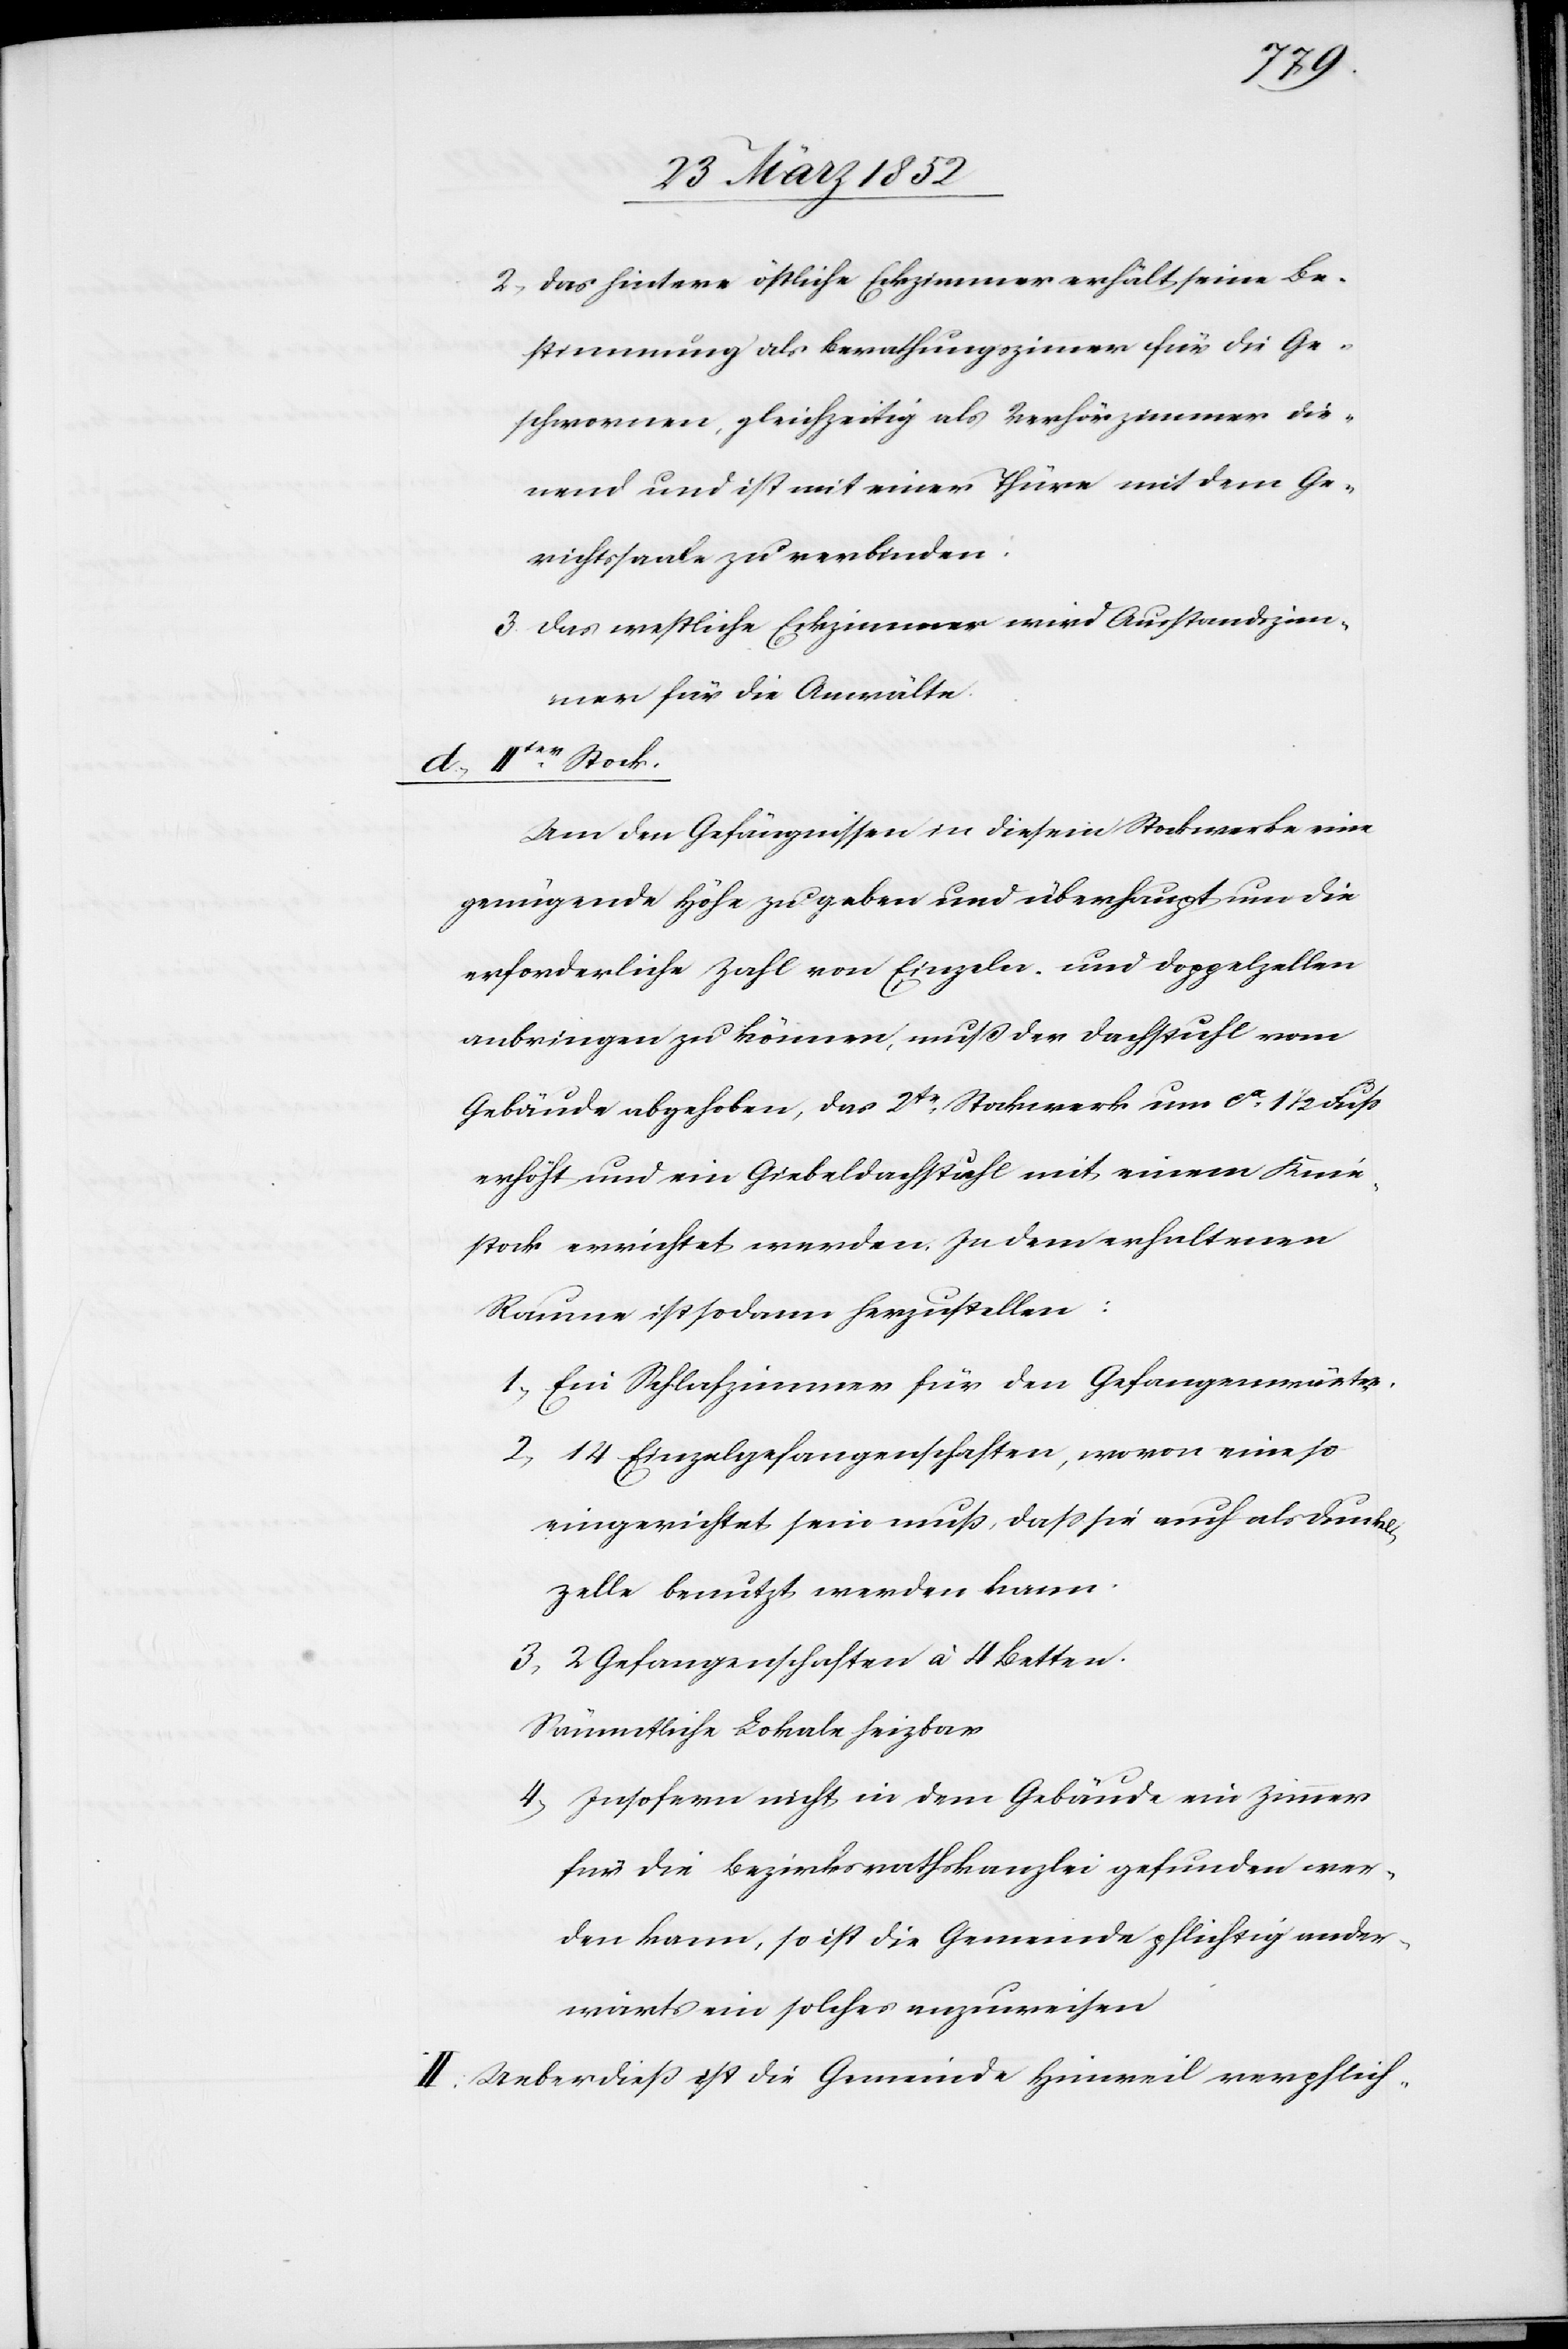
2) Das hintere östliche Eckzimmer erhält seine Be¬
stimmung als Berathungszimmer für die Ge¬
schwornen, gleichzeitig als Verhörzimmer die¬
nend und ist mit einer Thüre mit dem Ge¬
richtssaale zu verbinden.
3) Das westliche Eckzimmer wird Ausstandszim¬
mer für die Anwälte.
IIter Stock.
Um den Gefängnissen in diesem Stockwerke eine
genügende Höhe zu geben und überhaupt um die
erforderliche Zahl von Einzeln- und Doppelzellen
anbringen zu können, muß der Dachstuhl vom
Gebäude abgehoben, das 2te Stockwerk um ca 1 1/2 Fuß
erhöht und ein Giebeldachstuhl mit einem Knie¬
stock errichtet werden. In dem erhaltenen
Raume ist sodann herzustellen:
1) Ein Schlafzimmer für den Gefangenwärter.
2) 14 Einzelgefangenschaften, wovon eine so
eingerichtet sein muß, daß sie auch als Dunkel¬
zelle benutzt werden kann.
3) 2 Gefangenschaften à 4 Betten.
Sämmtliche Lokale heizbar
4) Insofern nicht in dem Gebäude ein Zimmer
für die Bezirksrathskanzlei gefunden wer¬
den kann, so ist die Gemeinde pflichtig ander¬
wärts ein solches anzuweisen.
II. Ueberdieß ist die Gemeinde Hinweil verpflich-